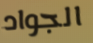
الجواد